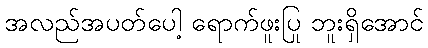
အလည်အပတ်ပေါ့ ရောက်ဖူးပြု ဘူးရှိအောင်